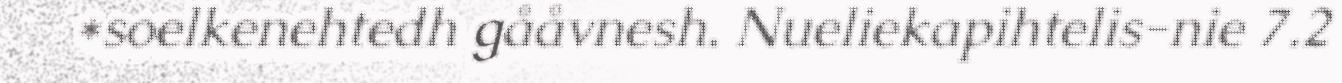
*soelkenehtedh gååvnesh. Nueliekapihtelis-nie 7.2